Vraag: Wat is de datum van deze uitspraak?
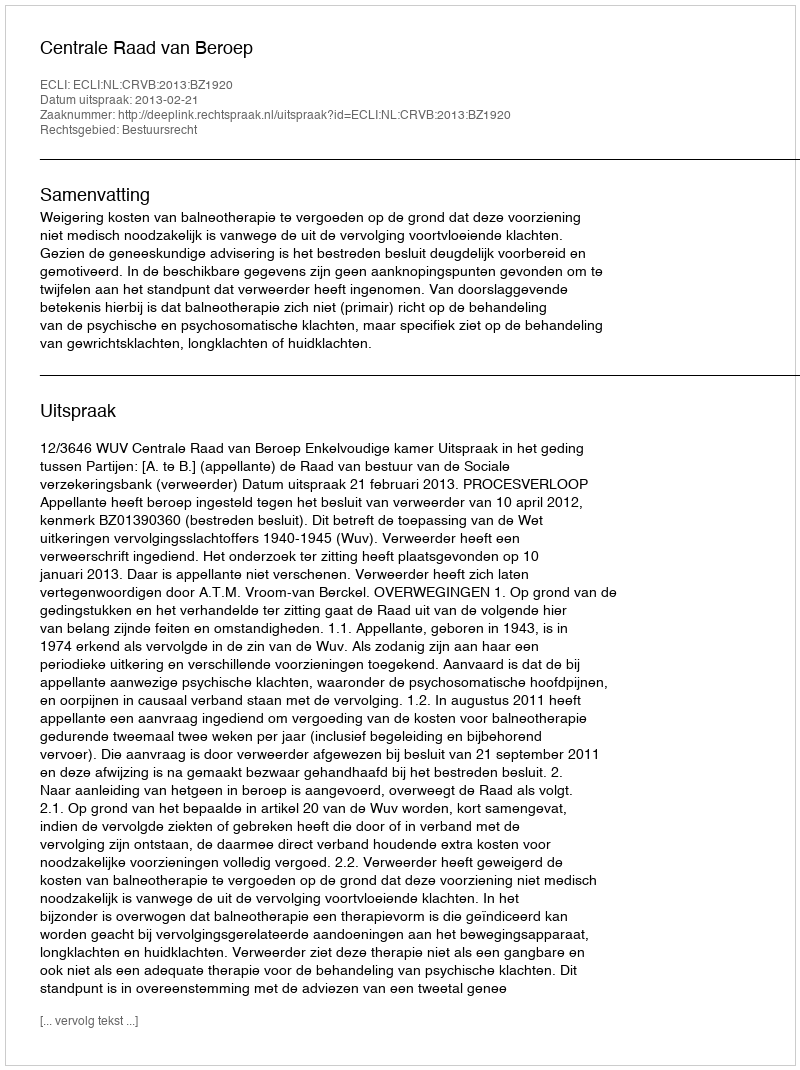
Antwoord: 2013-02-21